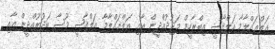
އަލްޢައްލާމާ އަލްޤާޟީ އިބްރާހީމް މަޖުދުއްދީން އާއި އަލްޢައްލާމާ އަލްޤާޟީ މޫސާ ބަދުރުއްދީން އާއި